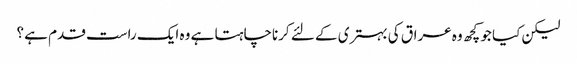
لیکن کیا جو کچھ وہ عراق کی بہتری کے لئے کرناچاہتا ہے وہ ایک راست قدم ہے ؟